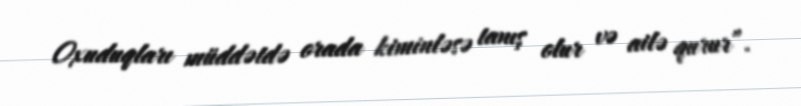
Oxuduqları müddətdə orada kiminləsə tanış olur və ailə qurur”.